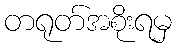
တရုတ်အစိုးရမှ